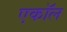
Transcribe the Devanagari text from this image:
एकॉल